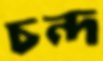
চন্দ